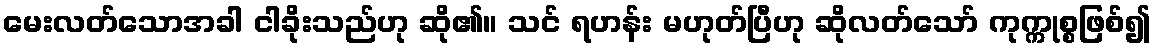
မေးလတ်သောအခါ ငါခိုးသည်ဟု ဆို၏။ သင် ရဟန်း မဟုတ်ပြီဟု ဆိုလတ်သော် ကုက္ကုစ္စဖြစ်၍